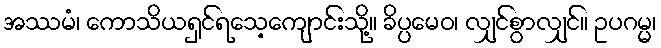
အဿမံ၊ ကောသိယရှင်ရသေ့ကျောင်းသို့။ ခိပ္ပမေဝ၊ လျှင်စွာလျှင်။ ဥပဂမ္မ၊